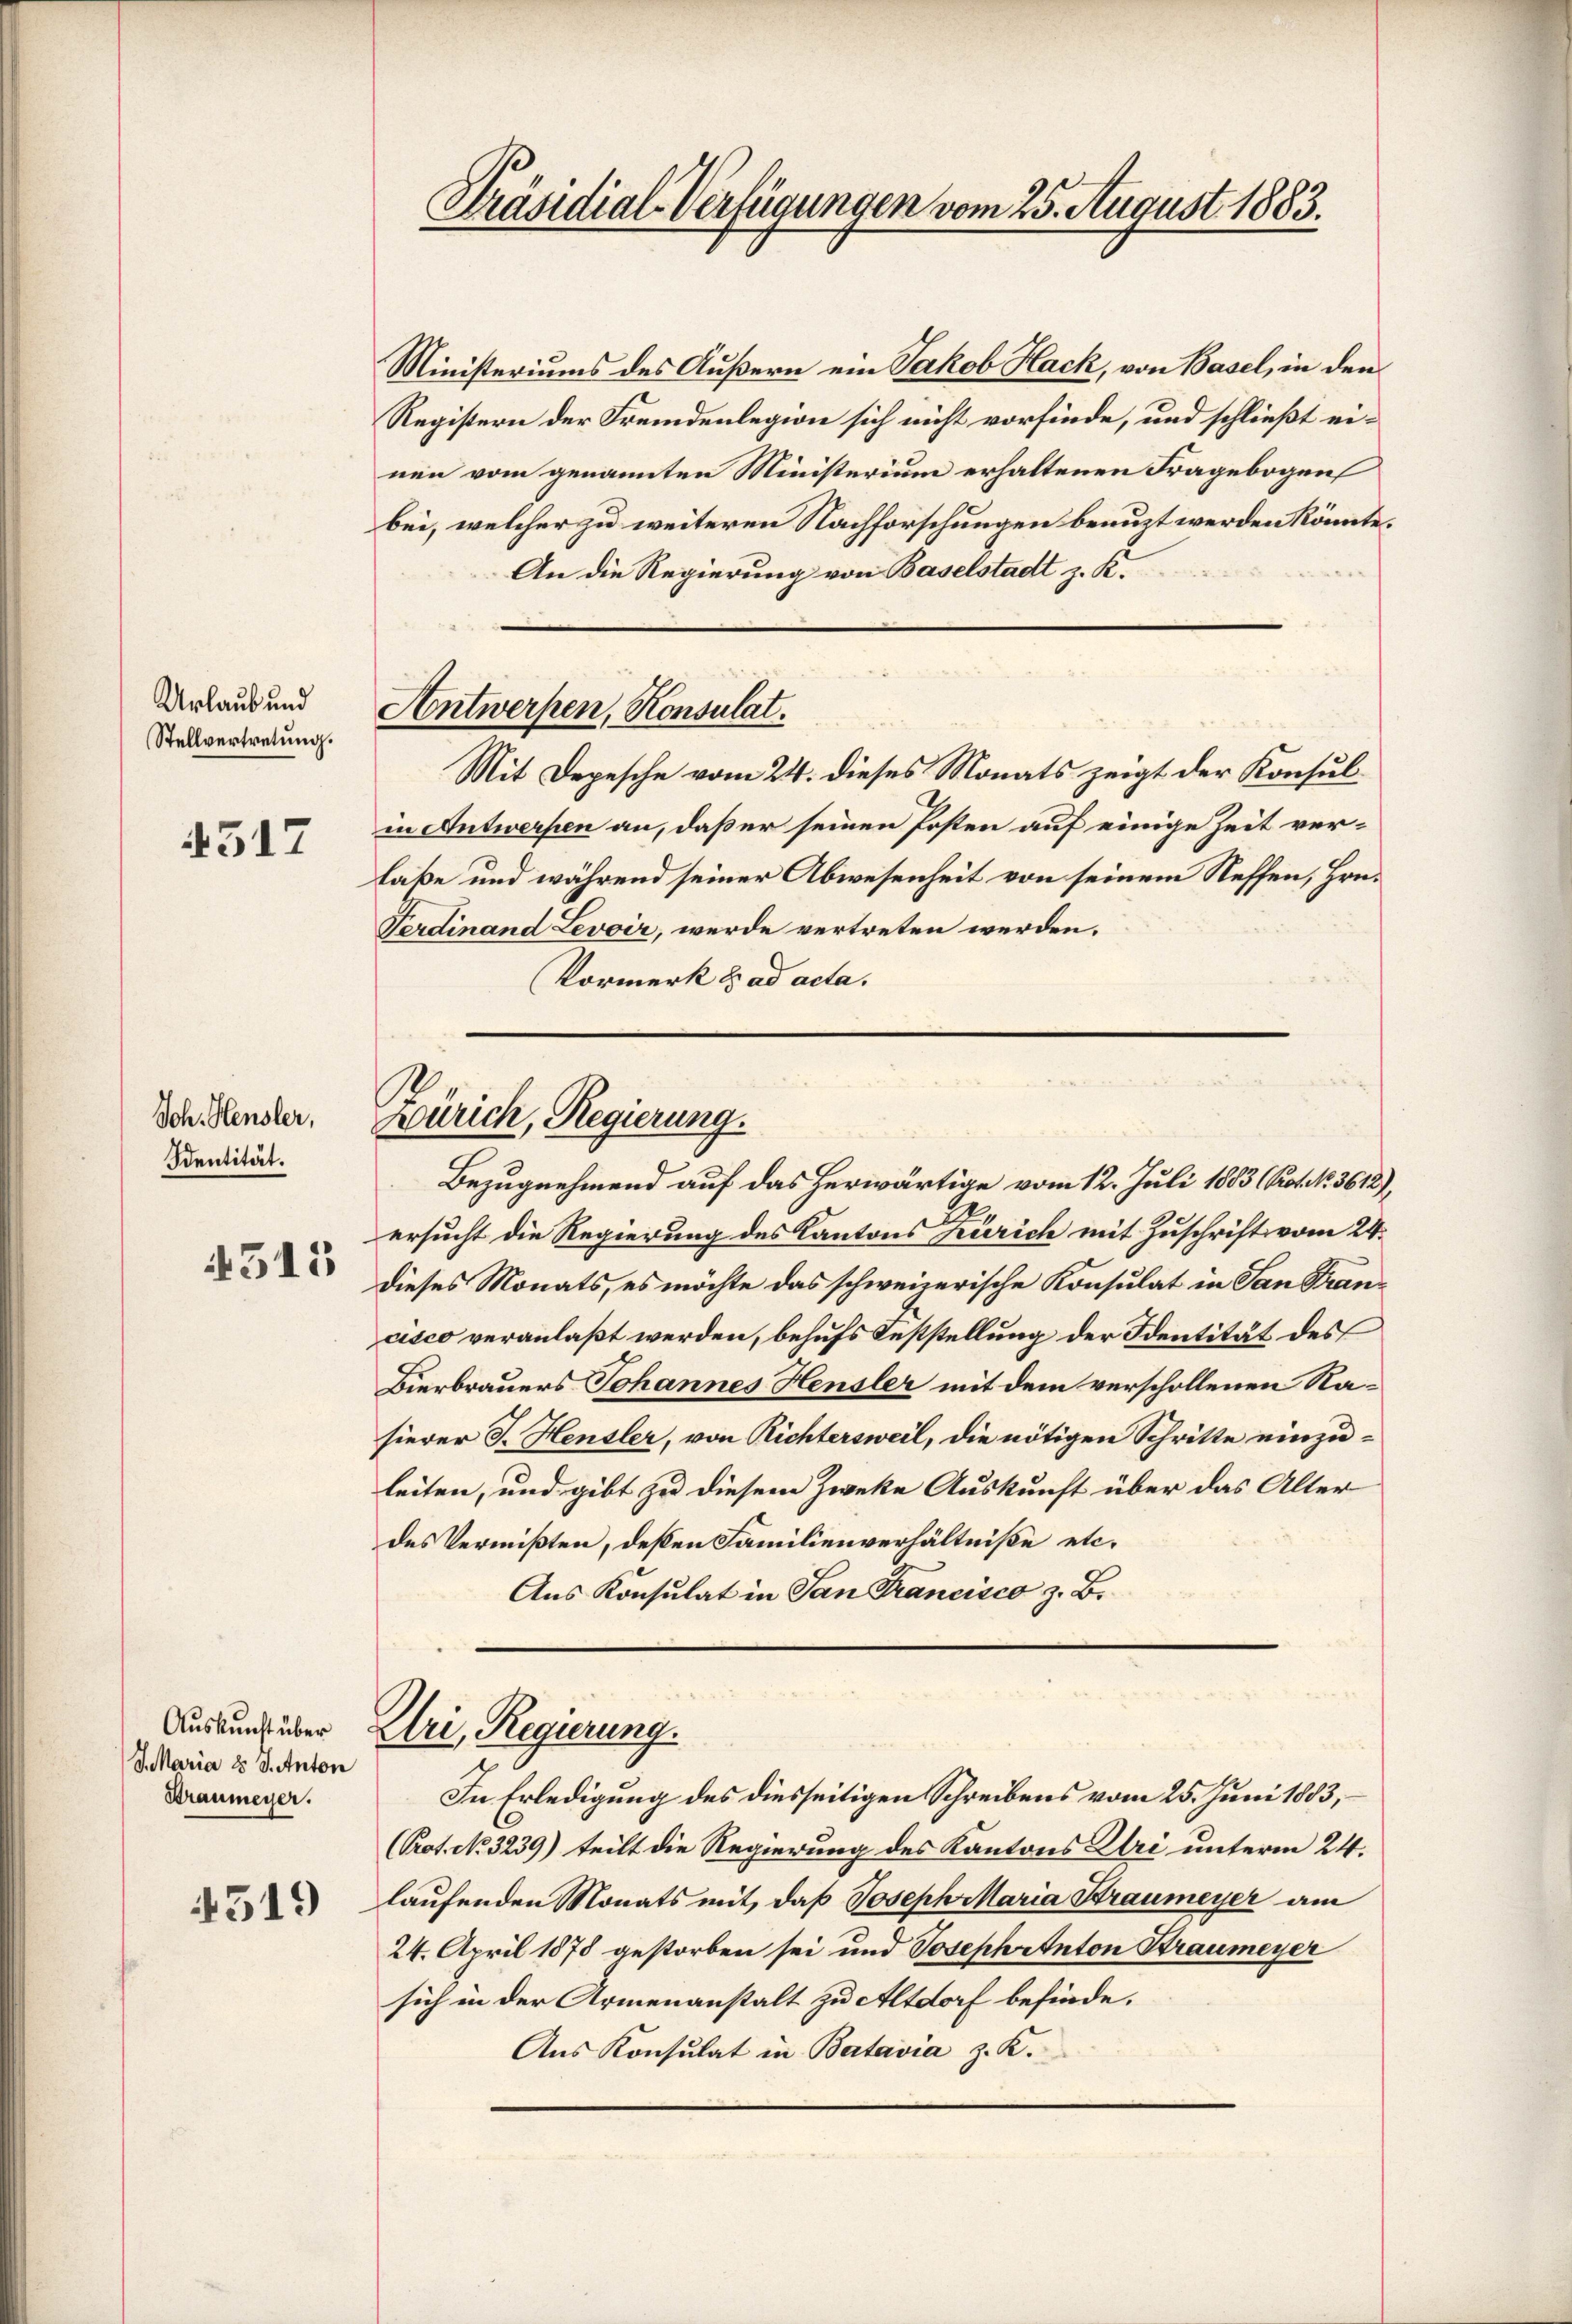
Urlaub und
Stellvertretung.

4517

Joh. Heusler,
Sentität.

4515

Auskunft über
S. Maria & J. Anton
Braumeyer.

4519

Präsidial-Verfügungen vom 25. August 1883.

Ministeriums des Äußern ein Jakob Hack, von Basel, in den
Registern der Fremdenlegion sich nicht vorfinde, und schließt einen vom genannten Ministerium erhaltenen Fragebogen
bei, welcher zu weiteren Nachforschungen benuzt werden könnte.
An die Regierung von Baselstadt z. K.
Antwerfen, Konsulat.
Mit Depesche vom 24. dieses Monats zeigt der Konsulin Antwerfen an, daß er seinen Posten auf einige Zeit verlaße und während seiner Abwesenheit von seinem Neffen, Hrn.
Ferdinand Levoir, werde vertreten werden.
Vormerk d ad acta.

Zürich, Regierung.

Bezugnehmend auf das herwärtige vom 12. Juli 1883 (Prot. N. 3612),
ersucht die Regierung des Kantons Zürich mit Zuschrift vom 24.
dieses Monats, es möchte das schweizerische Konsulat in San Francisco veranlaßt werden, behufs Feststellung der Identität des
Bierbrauers Johannes Heusler mit dem verschollenen Nasierer J. Heusler, von Richtersweil, die nötigen Schritte einzuleiten, und gibt zu diesem Zweke Auskunft über das Alter
des Vermißten, deßen Familienverhältniße etc.
Aus Konsulat in San Francisco z. B.

Uri, Regierung.

In Erledigung des diesseitigen Schreibens vom 25. Juni 1883,
(Prot. No. 3239) teilt die Regierung des Kantons Uri unterm 24.
laufenden Monats mit, daß Joseph Maria Straumeyer am
24. April 1878 gestorben sei und Josephetnton Straumeyer
sich in der Armenanstalt zu Altdorf befinde.
Aus Konsulat in Batavia z. K.